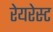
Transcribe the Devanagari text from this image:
रेयरेस्ट